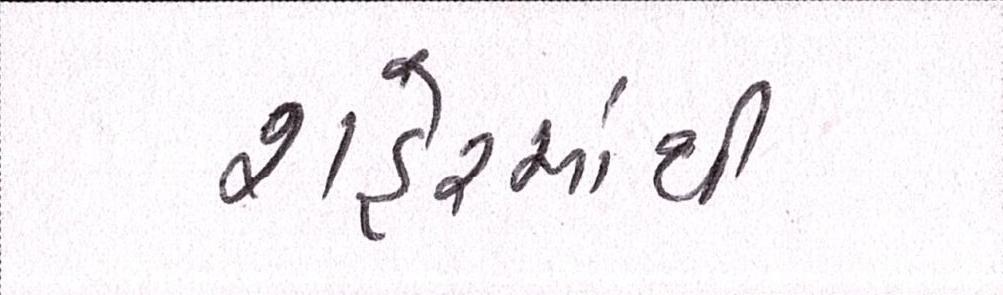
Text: શહેરમાંથી